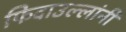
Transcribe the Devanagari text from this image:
फिदाउल्लांनी